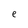
Character: e